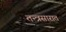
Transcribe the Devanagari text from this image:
तन्त्रसारात